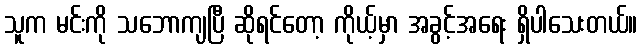
သူက မင်းကို သဘောကျပြီ ဆိုရင်တော့ ကိုယ့်မှာ အခွင့်အရေး ရှိပါသေးတယ်။